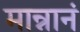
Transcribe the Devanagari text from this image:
मान्नानं